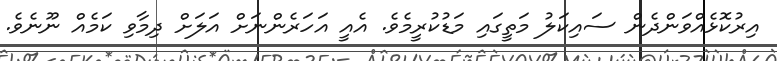
އިރުކޮޅެއްވަންދެން ސައިކަލު މަތީގައި މަޑުކުރީމެވެ. އެއީ އަހަރެންނަށް އަލަށް ދިމާވި ކަމެއް ނޫނެވެ.